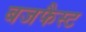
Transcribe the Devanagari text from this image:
बजफैस्ट